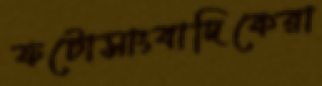
ফটোসাংবাদিকেরা